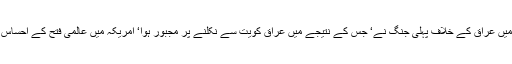
جنوری 1991ء میں عراق کے خلاف پہلی جنگ نے‘ جس کے نتیجے میں عراق کویت سے نکلنے پر مجبور ہوا‘ امریکہ میں عالمی فتح کے احساس کو پروان چڑھایا۔